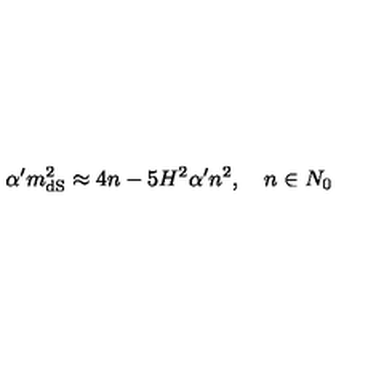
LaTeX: \alpha ^ { \prime } m _ { \mathrm { d S } } ^ { 2 } \approx 4 n - 5 H ^ { 2 } \alpha ^ { \prime } n ^ { 2 } , \quad n \in N _ { 0 }